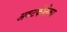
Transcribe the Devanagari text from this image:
अवटकंठिका